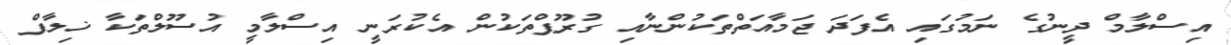
އިސްލާމް ދީނުގެ ނަމުގައި އެފަދަ ޖަމާއަތްތަކުންނާއި ގުރޫޕްތަކުން އެކުރަނީ އިސްލާމީ އުސޫލްތަކާ ޚިލާފް